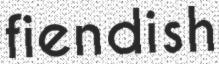
fiendish